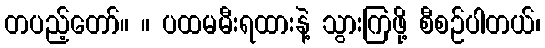
တပည့်တော်။ ။ ပထမမီးရထားနဲ့ သွားကြဖို့ စီစဉ်ပါတယ်၊